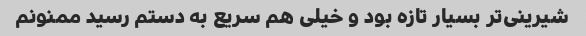
شیرینی‌تر بسیار تازه بود و خیلی هم سریع به دستم رسید ممنونم